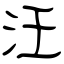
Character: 汪